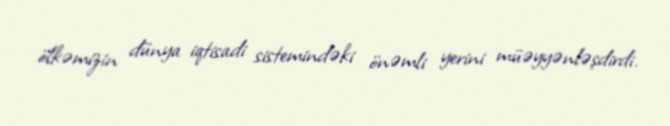
ölkəmizin dünya iqtisadi sistemindəki önəmli yerini müəyyənləşdirdi.